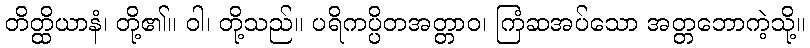
တိတ္ထိယာနံ၊ တို့၏။ ဝါ၊ တို့သည်။ ပရိကပ္ပိတအတ္တာဝ၊ ကြံဆအပ်သော အတ္တဘောကဲ့သို့။